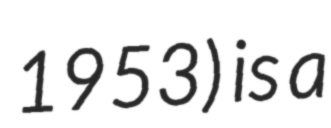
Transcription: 1953) is a